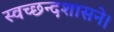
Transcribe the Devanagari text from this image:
स्वच्छन्दशासने।